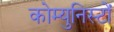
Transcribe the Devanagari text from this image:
कोम्युनिस्टों